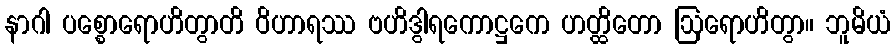
နာဂါ ပစ္စောရောဟိတွာတိ ဝိဟာရဿ ဗဟိဒွါရကောဋ္ဌကေ ဟတ္ထိတော ဩရောဟိတွာ။ ဘူမိယံ